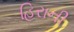
હિરાની